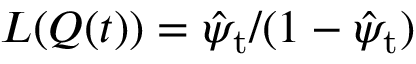
{ \cal L } ( Q ( t ) ) = \hat { \psi } _ { \mathrm { t } } / ( 1 - \hat { \psi } _ { \mathrm { t } } )